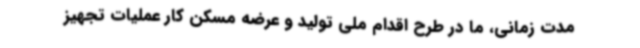
مدت زمانی، ما در طرح اقدام ملی تولید و عرضه مسکن کار عملیات تجهیز